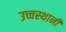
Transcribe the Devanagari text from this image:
उच्चस्थानी